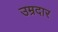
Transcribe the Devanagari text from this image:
उम्रदार